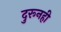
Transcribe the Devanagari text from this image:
दुरूनही